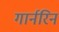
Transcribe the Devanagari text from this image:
गार्नरिन